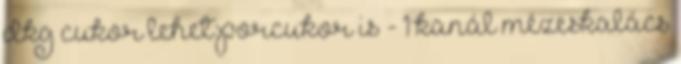
dkg cukor lehet porcukor is - 1 kanál mézeskalács